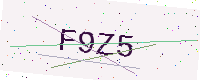
Text: F9Z5